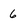
Character: 6